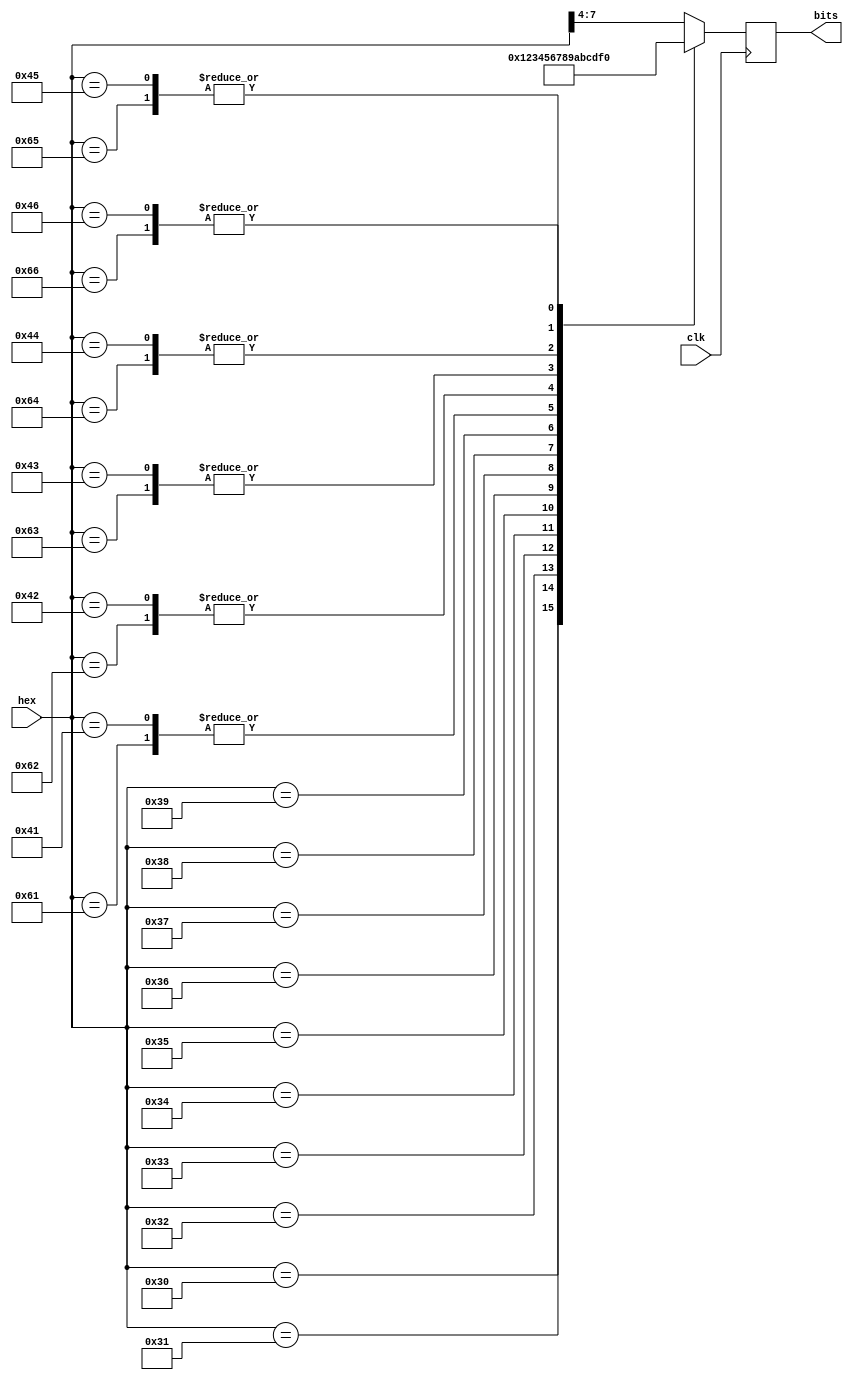
module hex_nibble_converter (
  input clk,
  input [7:0] hex,
  output reg [3:0] bits
);

always @(posedge clk) begin
  case (hex)
    "0" : bits <= 0;
    "1" : bits <= 1;
    "2" : bits <= 2;
    "3" : bits <= 3;
    "4" : bits <= 4;
    "5" : bits <= 5;
    "6" : bits <= 6;
    "7" : bits <= 7;
    "8" : bits <= 8;
    "9" : bits <= 9;
    "a" : bits <= 10;
    "A" : bits <= 10;
    "b" : bits <= 11;
    "B" : bits <= 11;
    "c" : bits <= 12;
    "C" : bits <= 12;
    "d" : bits <= 13;
    "D" : bits <= 13;
    "e" : bits <= 14;
    "E" : bits <= 14;
    "f" : bits <= 15;
    "F" : bits <= 15;
    default:
      bits <= hex[7:4];
  endcase

end
endmodule

module hex_converter (
  input clk,
  input [15:0] hex,
  output [7:0] output_byte
);

hex_nibble_converter msb_hex (
  .clk  (clk),
  .hex  (hex[15:8]),
  .bits (output_byte[7:4])
);

hex_nibble_converter lsb_hex (
  .clk  (clk),
  .hex  (hex[7:0]),
  .bits (output_byte[3:0])
);

endmodule

module nibble_hex_converter (
  input clk,
  output reg [7:0] hex,
  input [3:0] bits
);

always @(posedge clk) begin
  case (bits)
    0 : hex <= "0";
    1 : hex <= "1";
    2 : hex <= "2";
    3 : hex <= "3";
    4 : hex <= "4";
    5 : hex <= "5";
    6 : hex <= "6";
    7 : hex <= "7";
    8 : hex <= "8";
    9 : hex <= "9";
    10 : hex <= "A";
    11 : hex <= "B";
    12 : hex <= "C";
    13 : hex <= "D";
    14 : hex <= "E";
    15 : hex <= "F";
  endcase

end
endmodule

module byte_hex_converter (
  input clk,
  output [15:0] hex,
  input [7:0] input_byte
);

nibble_hex_converter first_hex (
  .clk  (clk),
  .hex  (hex[15:8]),
  .bits (input_byte[7:4])
);

nibble_hex_converter last_hex (
  .clk  (clk),
  .hex  (hex[7:0]),
  .bits (input_byte[3:0])
);

endmodule